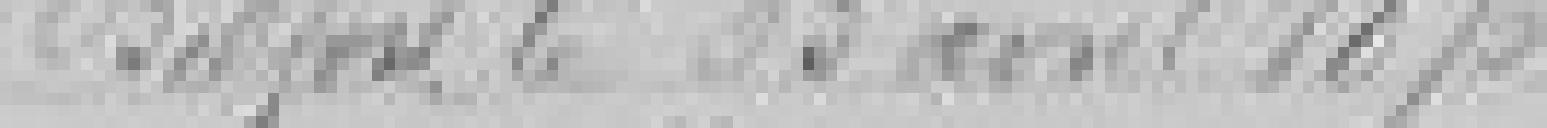
Belfort le 13 avril 1875